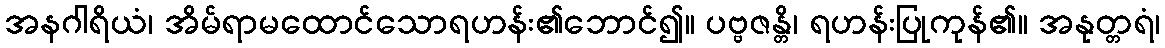
အနဂါရိယံ၊ အိမ်ရာမထောင်သောရဟန်း၏ဘောင်၍။ ပဗ္ဗဇန္တိ၊ ရဟန်းပြုကုန်၏။ အနုတ္တရံ၊